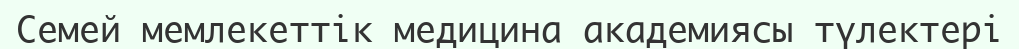
Семей мемлекеттік медицина академиясы түлектері